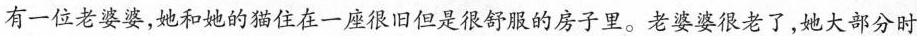
有一位老婆婆，她和她的猫住在一座很旧但是很舒服的房子里。老婆婆很老了，她大部分时